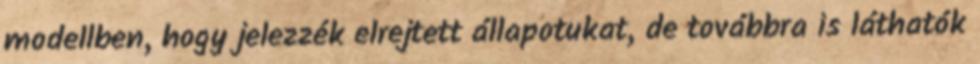
modellben, hogy jelezzék elrejtett állapotukat, de továbbra is láthatók